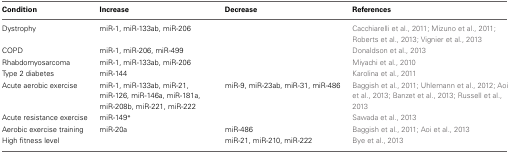
| Condition | Increase | Decrease | References |
 | --- | --- | --- | --- |
 | Dystrophy | miR-1, miR-133ab, miR-206 |  | Cacchiarelli et al., 2011; Mizuno et al., 2011; Roberts et al., 2013; Vignier et al., 2013 |
 | COPD | miR-1, miR-206, miR-499 |  | Donaldson et al., 2013 |
 | Rhabdomyosarcoma | miR-1, miR-133ab, miR-206 |  | Miyachi et al., 2010 |
 | Type 2 diabetes | miR-144 |  | Karolina et al., 2011 |
 | Acute aerobic exercise | miR-1, miR-133ab, miR-21, miR-126, miR-146a, miR-181a, miR-208b, miR-221, miR-222 | miR-9, miR-23ab, miR-31, miR-486 | Baggish et al., 2011; Uhlemann et al., 2012; Aoi et al., 2013; Banzet et al., 2013; Russell et al., 2013 |
 | Acute resistance exercise | miR-149* |  | Sawada et al., 2013 |
 | Aerobic exercise training | miR-20a | miR-486 | Baggish et al., 2011; Aoi et al., 2013 |
 | High fitness level |  | miR-21, miR-210, miR-222 | Bye et al., 2013 |